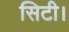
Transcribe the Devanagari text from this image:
सिटी।